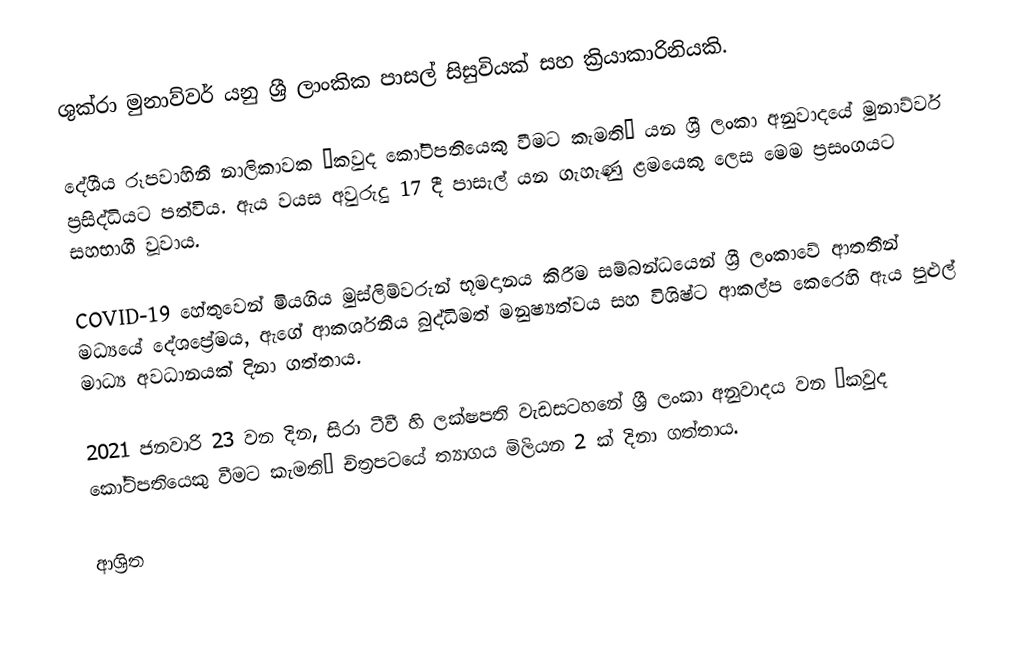
ශුක්රා මුනාව්වර් යනු ශ්‍රී ලාංකික පාසල් සිසුවියක් සහ ක්‍රියාකාරිනියකි.

දේශීය රූපවාහිනී නාලිකාවක ‘කවුද කෝටිපතියෙකු වීමට කැමති’ යන ශ්‍රී ලංකා අනුවාදයේ මුනාව්වර් ප්‍රසිද්ධියට පත්විය. ඇය වයස අවුරුදු 17 දී පාසැල් යන ගැහැණු ළමයෙකු ලෙස මෙම ප්‍රසංගයට සහභාගී වූවාය.

COVID-19 හේතුවෙන් මියගිය මුස්ලිම්වරුන් භූමදානය කිරීම සම්බන්ධයෙන් ශ්‍රී ලංකාවේ ආතතීන් මධ්‍යයේ දේශප්‍රේමය, ඇගේ ආකර්ශනීය බුද්ධිමත් මනුෂ්‍යත්වය සහ විශිෂ්ට ආකල්ප කෙරෙහි ඇය පුළුල් මාධ්‍ය අවධානයක් දිනා ගත්තාය.

2021 ජනවාරි 23 වන දින, සිරා ටීවී හි ලක්ෂපති වැඩසටහනේ ශ්‍රී ලංකා අනුවාදය වන ‘කවුද කෝටිපතියෙකු වීමට කැමති’ චිත්‍රපටයේ ත්‍යාගය මිලියන 2 ක් දිනා ගත්තාය.

ආශ්‍රිත